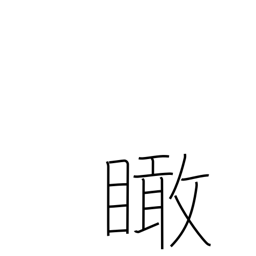
Meaning: look